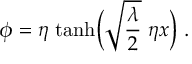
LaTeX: \phi = \eta \ { \operatorname { t a n h } } \Bigl ( \sqrt { \frac { \lambda } { 2 } } \ \eta x \Bigr ) \ .